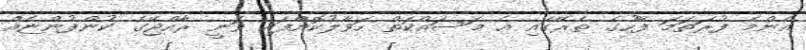
އެންމެ ފުރަތަމަ ފޭހުގެ ތެރޭގައި އެ މަސައްކަތް ހަވާލުކޮށްފައި ވަނީ ރާއްޖޭގެ ކުންފުންޏެއް